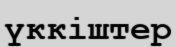
үккіштер